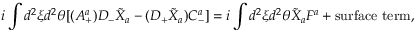
i \int d ^ { 2 } \xi d ^ { 2 } \theta [ ( A _ { + } ^ { a } ) D _ { - } \tilde { X } _ { a } - ( D _ { + } \tilde { X } _ { a } ) C _ { - } ^ { a } ] = i \int d ^ { 2 } \xi d ^ { 2 } \theta \tilde { X } _ { a } F ^ { a } + \mathrm { s u r f a c e ~ t e r m } ,